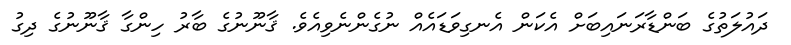
ދައުލަތުގެ ބަންޑާރަނައިބަށް އެކަން އެނގިވަޑައެއް ނުގެންނެވިއެވެ. ޤާނޫނުގެ ބާރު ހިންގާ ޤާނޫނުގެ ދިގު